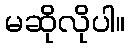
မဆိုလိုပါ။